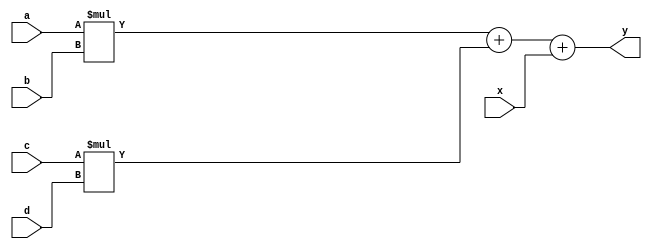
module test(a, b, c, d, x, y);
input [15:0] a, b, c, d;
input [31:0] x;
output [31:0] y;
assign y = a*b + c*d + x;
endmodule